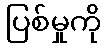
ပြစ်မှုကို